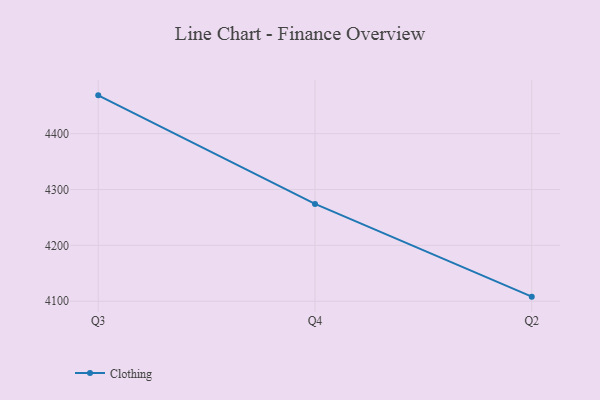
{"axis": {"x": "Quarter", "y": "Demand Index"}, "legend": ["Clothing"], "data": [{"x": "Q3", "y": 4468.6, "type": "Clothing"}, {"x": "Q4", "y": 4274.2, "type": "Clothing"}, {"x": "Q2", "y": 4108.2, "type": "Clothing"}]}